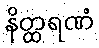
နိတ္ထရဏံ